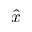
\hat { x }